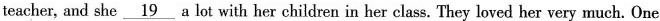
teacher, and she \underline{19} a lot with her children in her class. They loved her very much. One